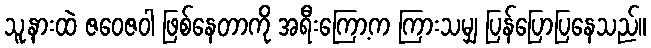
သူ့နားထဲ ဇဝေဇဝါ ဖြစ်နေတာကို အရီးကြော့က ကြားသမျှ ပြန်ပြောပြနေသည်။